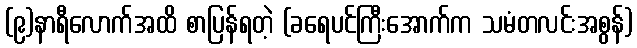
(၉)နာရီလောက်အထိ စာပြန်ရတဲ့ (ခရေပင်ကြီးအောက်က သမံတလင်းအစွန်)